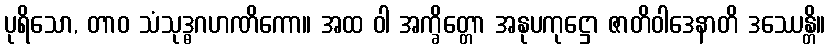
ပုရိသော, တာဝ သံသုဒ္ဓဂဟဏိကော။ အထ ဝါ အက္ခိတ္တော အနုပကုဋ္ဌော ဇာတိဝါဒေနာတိ ဒဿေန္တိ။